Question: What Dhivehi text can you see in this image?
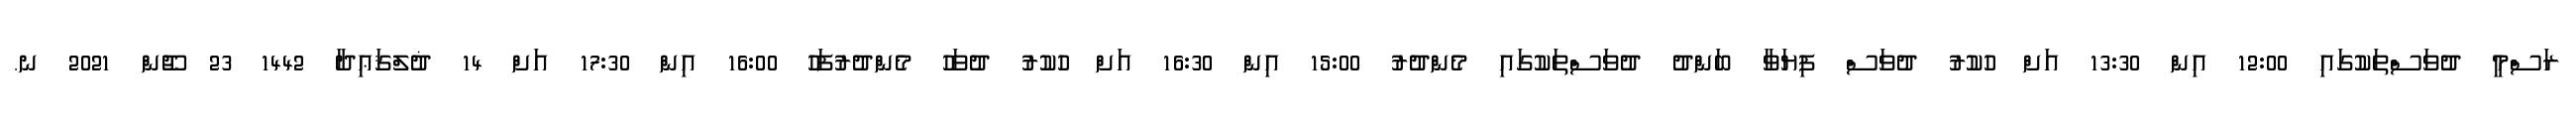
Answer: ރަސްމީ ދުވަސްތަކުގައި 12:00 އިން 13:30 އަށް ހުކުރު ދުވަސް ފިޔަވާ ބަންދު ދުވަސްތަކުގައި މެންދުރު 15:00 އިން 16:30 އަށް ހުކުރު ދުވަހު މެންދުރުފަހު 16:00 އިން 17:30 އަށް 14 ޛުލްޤަޢިދާ 1442 23 ޖޫން 2021 ނ.